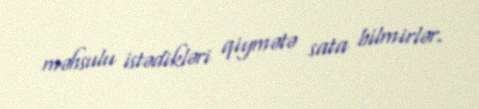
məhsulu istədikləri qiymətə sata bilmirlər.